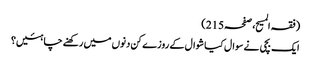
(فقہ المسیح، صفحہ215)
ایک بچی نے سوال کیا شوال کے روزے کن دنوں میں رکھنے چاہئیں؟